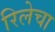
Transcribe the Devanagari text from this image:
रिलेचा